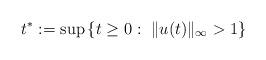
LaTeX: \begin{align*}t^*:=\sup\left\{t \ge 0 : \ \Vert u(t) \Vert_{\infty} > 1 \right\}\end{align*}